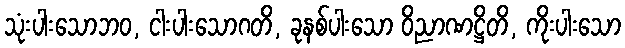
သုံးပါးသောဘဝ, ငါးပါးသောဂတိ, ခုနစ်ပါးသော ဝိညာဏဋ္ဌိတိ, ကိုးပါးသော